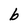
Character: b